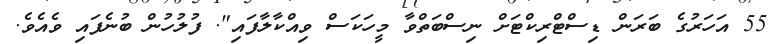
55 އަހަރުގެ ބަރަން ޑިސްޓްރިކްޓަށް ނިސްބަތްވާ މީހަކަސް ވިއްކާލާފައި". ފުުލުހުން ބުނެފައި ވެއެވެ.